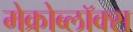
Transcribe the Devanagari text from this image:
मेक्रोब्लॉक्स